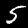
Label: 5